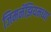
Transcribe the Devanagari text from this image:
जिमनॅझियमच्या